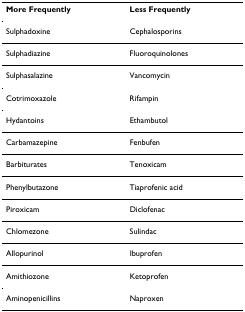
| More Frequently | Less Frequently |
 | --- | --- |
 | Sulphadoxine | Cephalosporins |
 | Sulphadiazine | Fluoroquinolones |
 | Sulphasalazine | Vancomycin |
 | Cotrimoxazole | Rifampin |
 | Hydantoins | Ethambutol |
 | Carbamazepine | Fenbufen |
 | Barbiturates | Tenoxicam |
 | Phenylbutazone | Tiaprofenic acid |
 | Piroxicam | Diclofenac |
 | Chlomezone | Sulindac |
 | Allopurinol | Ibuprofen |
 | Amithiozone | Ketoprofen |
 | Aminopenicillins | Naproxen |